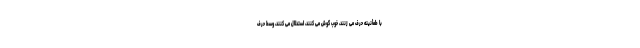
با طمأنینه حرف می زنند، خوب گوش می کنند، استدلال می کنند، وسط حرف